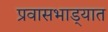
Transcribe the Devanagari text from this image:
प्रवासभाड्यात